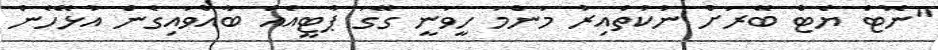
"ނޮޓް ޔެޓް ބޭރަށް ނުކުތްއިރު މަންމަ ހީވަނީ ގޭގަ ޕާޓީއެއް ބާއްވައިގެން އުޅޭހެން